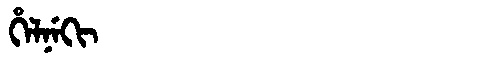
Manchu: ᡥᡝᠯᠨᡝᡴᡳ
Romanization: HELNEKI